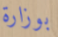
بوزارة